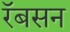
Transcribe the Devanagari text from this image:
रॅबसन